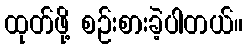
ထုတ်ဖို့ စဉ်းစားခဲ့ပါတယ်။